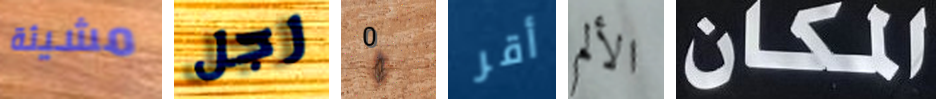
مشيئة رجل 0 أقر الألم المكان